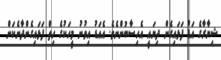
ޝިޔާރާގެ އަޑު ފަޅައިގެން ދިޔައީ އެހިސާބުންނެވެ. އެއަޑު އިވުނު މީހަކުގެ ހިތް ފަޅައިގެންދާނެކަން